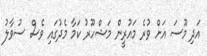
އަދި މޫސަ އަށް ވުރެ މައުރީން މަޝްހޫރު ކަމާ މެދުގައި ވެސް ސުވާލު